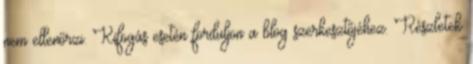
nem ellenőrzi. Kifogás esetén forduljon a blog szerkesztőjéhez. Részletek